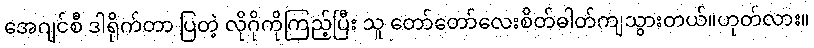
အေဂျင်စီ ဒါရိုက်တာ ပြတဲ့ လိုဂိုကိုကြည့်ပြီး သူ တော်တော်လေးစိတ်ဓါတ်ကျသွားတယ်။ဟုတ်လား။